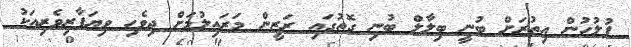
ފުލުހުން އިތުރަށް ބުނީ ބިލާލް ބުނި ގޮތުގައި ރަޒީން މަރައިލުމަށް ދިވެހި ވިޔަފާރިވެރިއަކު